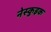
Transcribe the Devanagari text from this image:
नेस्कुइक